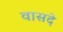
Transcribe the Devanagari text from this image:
वासदे